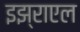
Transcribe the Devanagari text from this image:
इझ्राएल